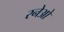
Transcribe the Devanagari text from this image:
रनेओ